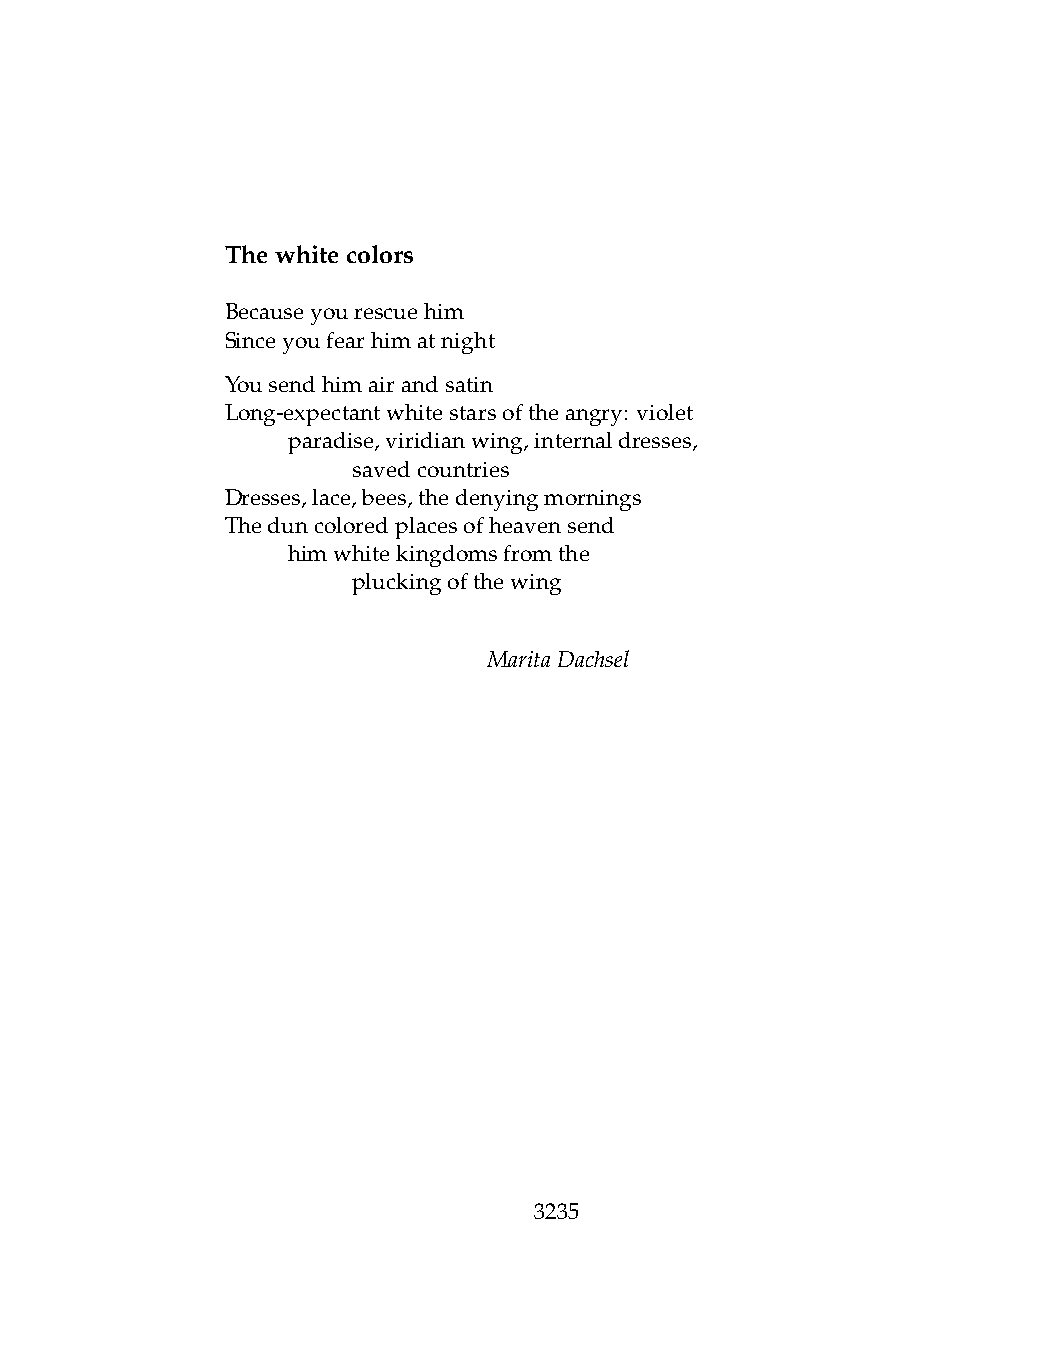
Thewhitecolors
 Becauseyourescuehim
 Sinceyoufearhimatnight
 Yousendhimairandsatin
 Long-expectantwhitestarsoftheangry: violet
 .   paradise,viridianwing,internaldresses,
 .   .   savedcountries
 Dresses,lace,bees,thedenyingmornings
 Theduncoloredplacesofheavensend
 .   himwhitekingdomsfromthe
 .   .   pluckingofthewing
 MaritaDachsel
 3235